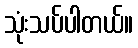
သုံးသပ်ပါတယ်။